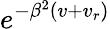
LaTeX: e^{-\beta^{2}(v+v_{r})}